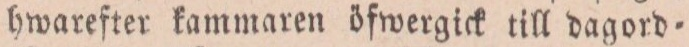
hwarefter kammaren öfwergick till dagord=